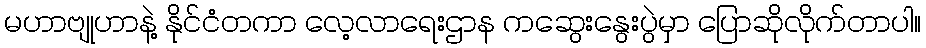
မဟာဗျုဟာနဲ့ နိုင်ငံတကာ လေ့လာရေးဌာန ကဆွေးနွေးပွဲမှာ ပြောဆိုလိုက်တာပါ။